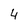
Character: 4